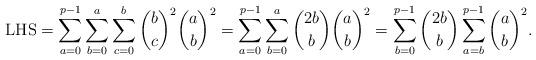
LaTeX: \begin{align*} \mbox{LHS}=\sum_{a=0}^{p-1}\sum_{b=0}^a\sum_{c=0}^b\binom{b}c^2\binom{a}b^2=\sum_{a=0}^{p-1}\sum_{b=0}^a\binom{2b}b\binom{a}b^2=\sum_{b=0}^{p-1}\binom{2b}b\sum_{a=b}^{p-1}\binom{a}b^2. \end{align*}